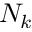
N _ { k }